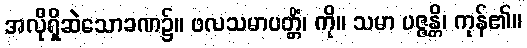
အလိုရှိဆဲသောခဏ၌။ ဖလသမာပတ္တိံ၊ ကို။ သမာ ပဇ္ဇန္တိ၊ ကုန်၏။